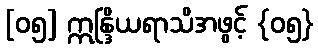
[၀၅] ဣန္ဒြိယရာသိအဖွင့် {၀၅}